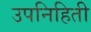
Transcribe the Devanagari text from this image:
उपनिहिती